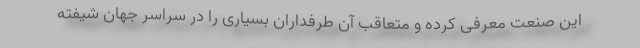
این صنعت معرفی کرده و متعاقب آن طرفداران بسیاری را در سراسر جهان شیفته